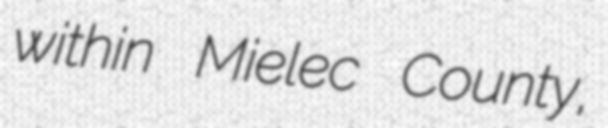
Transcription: within Mielec County,